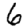
Digit: 6